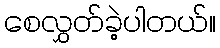
စေလွှတ်ခဲ့ပါတယ်။